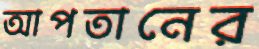
আপতানের